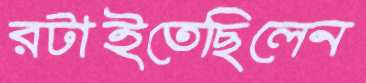
রটাইতেছিলেন